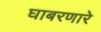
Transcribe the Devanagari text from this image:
घाबरणारे